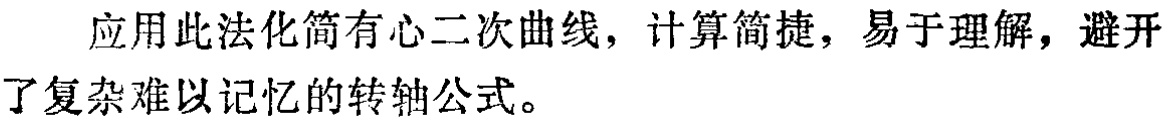
应用此法化简有心二次曲线，计算简捷，易于理解，避开了复杂难以记忆的转轴公式。